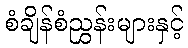
စံချိန်စံညွှန်းများနှင့်